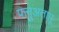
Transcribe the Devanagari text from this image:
फनुअतापू